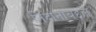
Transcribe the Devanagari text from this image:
निदानाबद्दल